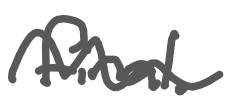
Text: final.
Cross-out: wave
Writing tool: digital_gray